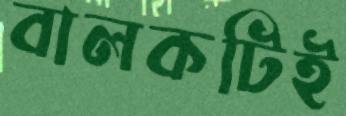
বালকটিই